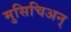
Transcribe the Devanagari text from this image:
मुसिचिअन्